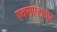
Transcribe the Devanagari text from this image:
एक्सएलआर